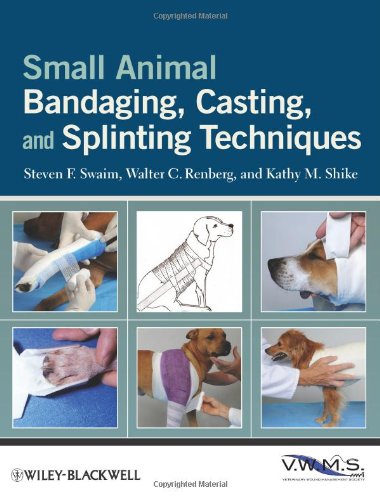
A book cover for Small Animal Bandaging, Casting, and Splinting Techniques; Steven F. Swaim; Medical Books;